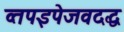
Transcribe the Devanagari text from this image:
व्तपइपेजवदद्ध